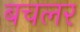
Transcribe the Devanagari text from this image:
बचलर